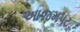
આજમપટ